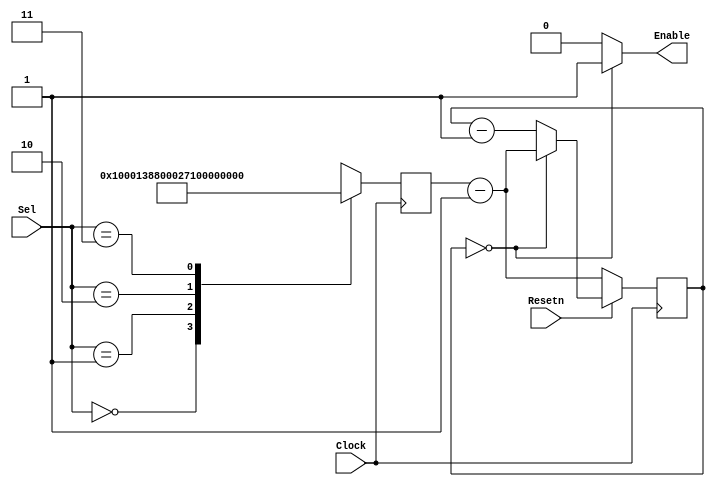
//To derive the slower flashing rates, should use a counter, call it RateDivider, which is
//clocked with the 5 KHz clock. The output of RateDivider can be used as part of a circuit
//to create pulses at the required rates.

//Every time RateDivider has counted the appropriate
//number of clock pulses, a pulse should be generated for one clock cycle.

module RateDivider(Clock, Sel, Resetn, Enable);
	input [1:0] Sel;
	input Clock, Resetn;
	output Enable;
	reg [27:0] rate, counter; // 28 bits gets you to 256M
	
	always @(posedge Clock) //determines rate of counting
	begin
		case (Sel)
			2'b00: rate <= 1; //operate at full speed: 5 KHz / 5000 = 1
			2'b01: rate <= 5000; //operate at 1 Hz: 5 KHz / 1 = 5000
			2'b10: rate <= 10000; //operate at 0.5 Hz: 5 KHz / 0.5 = 10000
			2'b11: rate <= 20000; //operate at 0.25 Hz: 5 KHz / 0.25 = 20000
			default: rate <= 1;
		endcase // case (Sel)
	end
	always @(posedge Clock)
	begin
		if(Resetn == 1'b0) //reset
			counter <= rate-1;
		else if(counter == 0) // enable turns on and counter resets
			counter <= rate-1;
		else //counts down
			counter <= counter - 1;
 
	end
	
	assign Enable = (counter == 0) ? 1'b1: 1'b0;
endmodule